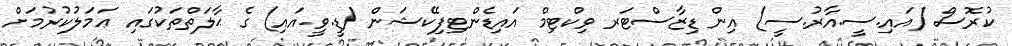
ކުރޮސް (އައި.ސީ.އާރު.ސީ) އިން ޑިޒާސްޓަރ ވިކްޓިމް އައިޑެންޓިފިކޭޝަން (ޑީ.ވީ.އައި) ގެ ޙާލަތްތަކުގައި ޢަމަލުކުރުމަށް